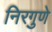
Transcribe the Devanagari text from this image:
निरगुणे